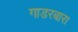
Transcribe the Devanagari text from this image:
गाडरबारा